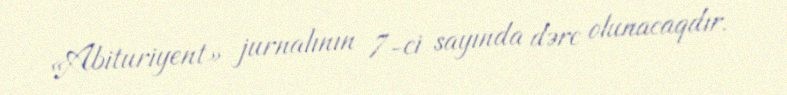
«Abituriyent» jurnalının 7-ci sayında dərc olunacaqdır.